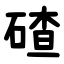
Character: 碴